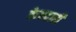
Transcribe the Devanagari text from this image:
केन्दारी